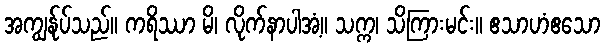
အကျွန်ုပ်သည်။ ကရိဿာ မိ၊ လိုက်နာပါအံ့။ သက္က၊ သိကြားမင်း။ ဧသာဟံဧသော